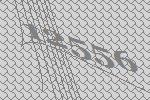
12556